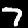
Digit: 7